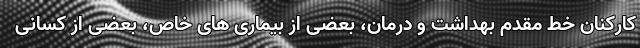
کارکنان خط مقدم بهداشت و درمان، بعضی از بیماری های خاص، بعضی از کسانی